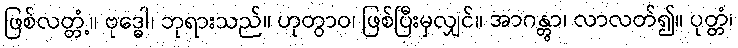
ဖြစ်လတ္တံ့။ ဗုဒ္ဓေါ၊ ဘုရားသည်။ ဟုတွာဝ၊ ဖြစ်ပြီးမှလျှင်။ အာဂန္တွာ၊ လာလတ်၍။ ပုတ္တံ၊